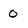
Character: 0